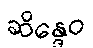
ဆိန္ဒေဝ